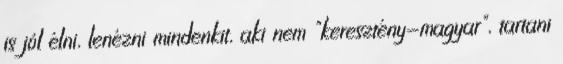
is jól élni, lenézni mindenkit, aki nem "keresztény-magyar", tartani